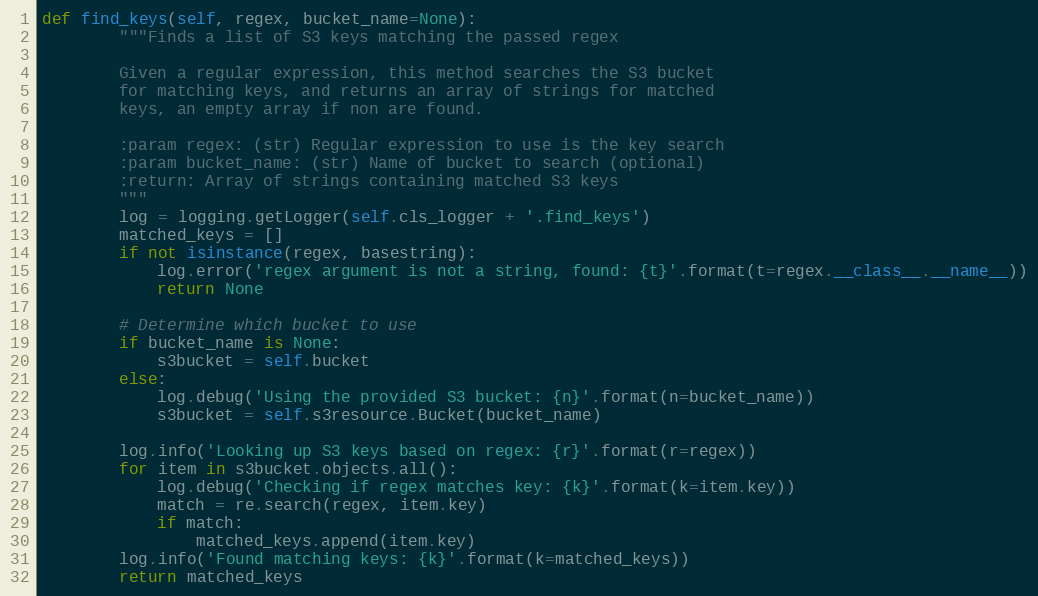
Language: Python
def find_keys(self, regex, bucket_name=None):
        """Finds a list of S3 keys matching the passed regex

        Given a regular expression, this method searches the S3 bucket
        for matching keys, and returns an array of strings for matched
        keys, an empty array if non are found.

        :param regex: (str) Regular expression to use is the key search
        :param bucket_name: (str) Name of bucket to search (optional)
        :return: Array of strings containing matched S3 keys
        """
        log = logging.getLogger(self.cls_logger + '.find_keys')
        matched_keys = []
        if not isinstance(regex, basestring):
            log.error('regex argument is not a string, found: {t}'.format(t=regex.__class__.__name__))
            return None

        # Determine which bucket to use
        if bucket_name is None:
            s3bucket = self.bucket
        else:
            log.debug('Using the provided S3 bucket: {n}'.format(n=bucket_name))
            s3bucket = self.s3resource.Bucket(bucket_name)

        log.info('Looking up S3 keys based on regex: {r}'.format(r=regex))
        for item in s3bucket.objects.all():
            log.debug('Checking if regex matches key: {k}'.format(k=item.key))
            match = re.search(regex, item.key)
            if match:
                matched_keys.append(item.key)
        log.info('Found matching keys: {k}'.format(k=matched_keys))
        return matched_keys